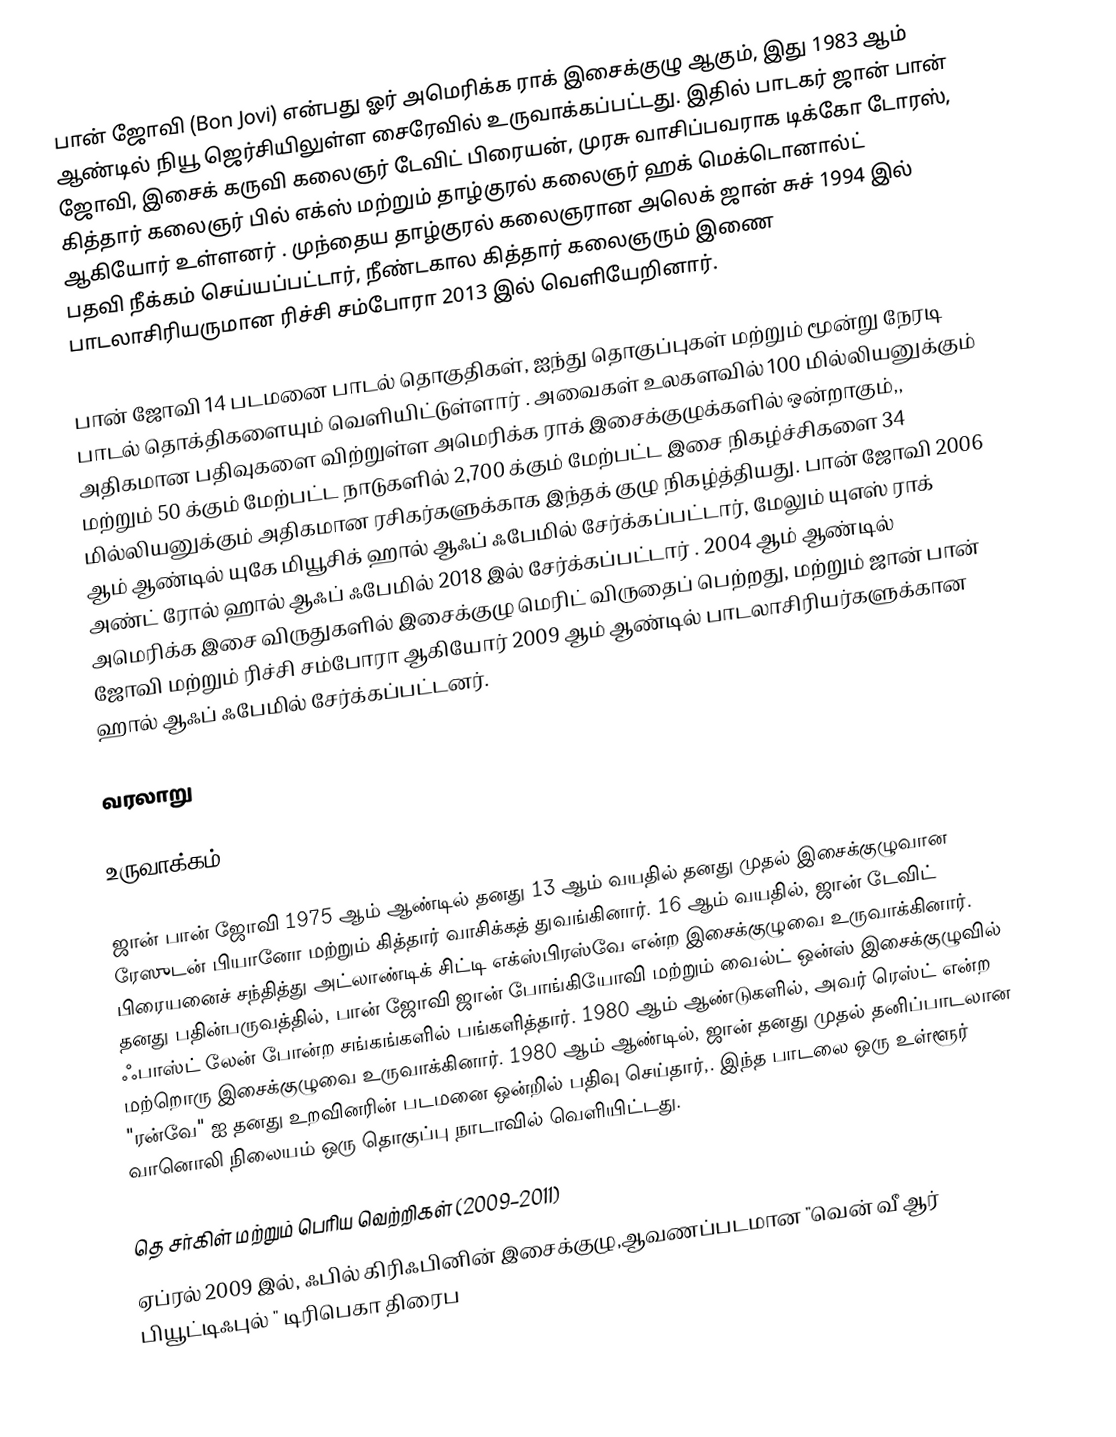
பான் ஜோவி (Bon Jovi) என்பது ஓர் அமெரிக்க ராக் இசைக்குழு ஆகும், இது 1983 ஆம் ஆண்டில் நியூ ஜெர்சியிலுள்ள சைரேவில் உருவாக்கப்பட்டது. இதில் பாடகர் ஜான் பான் ஜோவி, இசைக் கருவி கலைஞர் டேவிட் பிரையன், முரசு வாசிப்பவராக டிக்கோ டோரஸ், கித்தார் கலைஞர் பில் எக்ஸ் மற்றும் தாழ்குரல் கலைஞர் ஹக் மெக்டொனால்ட் ஆகியோர் உள்ளனர் . முந்தைய தாழ்குரல் கலைஞரான அலெக் ஜான் சுச் 1994 இல் பதவி நீக்கம் செய்யப்பட்டார், நீண்டகால கித்தார் கலைஞரும் இணை பாடலாசிரியருமான ரிச்சி சம்போரா 2013 இல் வெளியேறினார்.

பான் ஜோவி 14 படமனை பாடல் தொகுதிகள், ஐந்து தொகுப்புகள் மற்றும் மூன்று நேரடி பாடல் தொக்திகளையும் வெளியிட்டுள்ளார் . அவைகள் உலகளவில் 100 மில்லியனுக்கும் அதிகமான பதிவுகளை விற்றுள்ள அமெரிக்க ராக் இசைக்குழுக்களில் ஒன்றாகும்,, மற்றும் 50 க்கும் மேற்பட்ட நாடுகளில் 2,700 க்கும் மேற்பட்ட இசை நிகழ்ச்சிகளை 34 மில்லியனுக்கும் அதிகமான ரசிகர்களுக்காக இந்தக் குழு நிகழ்த்தியது. பான் ஜோவி 2006 ஆம் ஆண்டில் யுகே மியூசிக் ஹால் ஆஃப் ஃபேமில் சேர்க்கப்பட்டார், மேலும் யுஎஸ் ராக் அண்ட் ரோல் ஹால் ஆஃப் ஃபேமில் 2018 இல் சேர்க்கப்பட்டார் . 2004 ஆம் ஆண்டில் அமெரிக்க இசை விருதுகளில் இசைக்குழு மெரிட் விருதைப் பெற்றது, மற்றும் ஜான் பான் ஜோவி மற்றும் ரிச்சி சம்போரா ஆகியோர் 2009 ஆம் ஆண்டில் பாடலாசிரியர்களுக்கான ஹால் ஆஃப் ஃபேமில் சேர்க்கப்பட்டனர்.

வரலாறு

உருவாக்கம் (1980-1983)

ஜான் பான் ஜோவி 1975 ஆம் ஆண்டில் தனது 13 ஆம் வயதில் தனது முதல் இசைக்குழுவான ரேஸுடன் பியானோ மற்றும் கித்தார் வாசிக்கத் துவங்கினார். 16 ஆம் வயதில், ஜான் டேவிட் பிரையனைச் சந்தித்து அட்லாண்டிக் சிட்டி எக்ஸ்பிரஸ்வே என்ற இசைக்குழுவை உருவாக்கினார். தனது பதின்பருவத்தில், பான் ஜோவி ஜான் போங்கியோவி மற்றும் வைல்ட் ஒன்ஸ் இசைக்குழுவில் ஃபாஸ்ட் லேன் போன்ற சங்கங்களில் பங்களித்தார். 1980 ஆம் ஆண்டுகளில், அவர் ரெஸ்ட் என்ற மற்றொரு இசைக்குழுவை உருவாக்கினார். 1980 ஆம் ஆண்டில், ஜான் தனது முதல் தனிப்பாடலான "ரன்வே" ஐ தனது உறவினரின் படமனை ஒன்றில் பதிவு செய்தார்,.  இந்த பாடலை ஒரு உள்ளூர் வானொலி நிலையம் ஒரு தொகுப்பு நாடாவில் வெளியிட்டது.

தெ சர்கிள் மற்றும் பெரிய வெற்றிகள் (2009–2011)
ஏப்ரல் 2009 இல், ஃபில் கிரிஃபினின் இசைக்குழு,ஆவணப்படமான "வென் வீ ஆர் பியூட்டிஃபுல் " டிரிபெகா திரைப